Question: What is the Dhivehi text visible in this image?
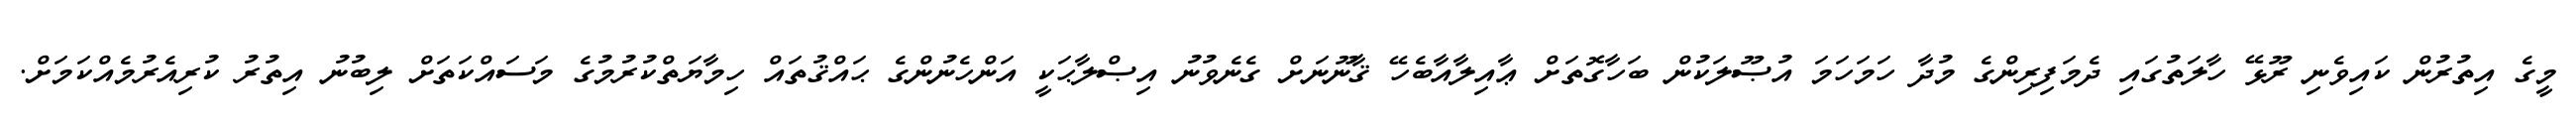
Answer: މީގެ އިތުރުން ކައިވެނި ރޫޅޭ ހާލަތުގައި ދެމަފިރިންގެ މުދާ ހަމަހަމަ އުޞޫލަކުން ބަހާގޮތަށް ޢާއިލާއާބެހޭ ޤާނޫނަށް ގެނެވުނު އިޞްލާޙަކީ އަންހެނުންގެ ޙައްޤުތައް ހިމާޔަތްކުރުމުގެ މަސައްކަތަށް ލިބުނު އިތުރު ކުރިއެރުމެއްކަމަށް.